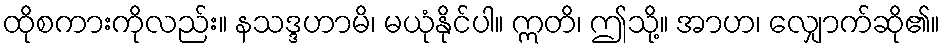
ထိုစကားကိုလည်း။ နသဒ္ဒဟာမိ၊ မယုံနိုင်ပါ။ ဣတိ၊ ဤသို့။ အာဟ၊ လျှောက်ဆို၏။